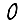
Digit: 0